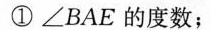
①∠BAE的度数；